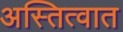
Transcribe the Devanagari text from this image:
अस्तित्‍वात